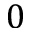
0